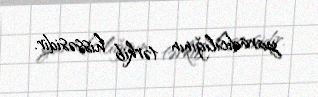
yaradıcılığının tərkib hissəsidir.